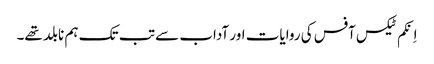
اِنکم ٹیکس آفس کی روایات اور آداب سے تب تک ہم نابلد تھے۔